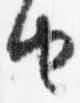
由